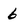
Character: 6